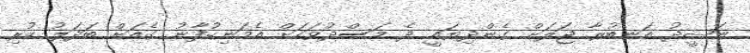
ނަޝީދު އަނބުރާ ޖަލަށް ގެންދިޔައީ ދެ މަސްދުވަހަށް އެމަނިކުފާނު ގެއަށް ބަދަލު ކުރި